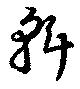
斡